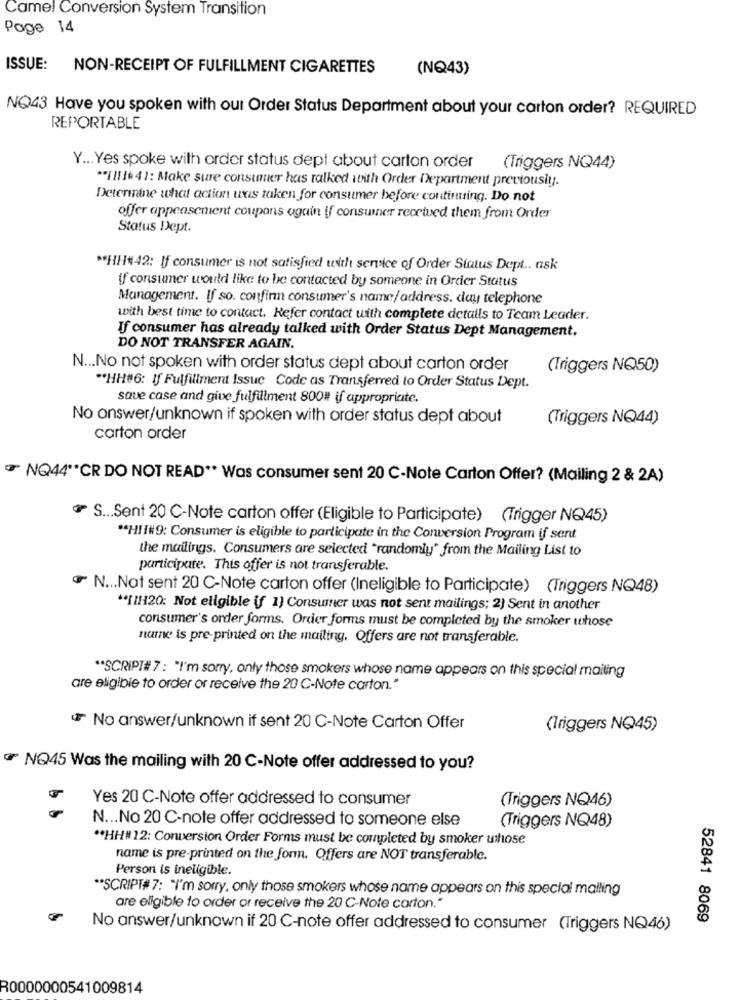
Camel Conversion System Transition
Page 14
ISSUE: NON-RECEIPT OF FULFILLMENT CIGARETTES
(NQ43)
NO43 Have you spoken with our Order Status Department about your carton order? REQUIRED
REPORTABLE
Y ... Yes spoke with order status dept about carton order
(Triggers NQ44)
** Ill 16 41: Make sure consumer has talked with Order Department previously.
Determine what action was taken for consumer before continuing. Do not
offer appeasenient coupons again if consumer rectved them from Order
Status Dept.
** HH#42: If consumer is not satisfied with service of Order Status Dept .. ask
if consumer would like to be contacted by someone in Order Status
Management. If so. confirm consumer's name/address. day telephone
with best time to contact. Refer contact with complete details to Team Leader.
If consumer has already talked with Order Status Dept Management,
DO NOT TRANSFER AGAIN.
N ... No not spoken with order status dept about carton order
(Triggers NQ50)
"HH#6: If Fulfillment Issue Code as Transferred to Order Status Dept.
save case and give fulfillment 800# if appropriate.
No answer/unknown if spoken with order status dept about
(Triggers NQ44)
carton order
NQ44 ** CR DO NOT READ ** Was consumer sent 20 C-Note Carton Offer? (Mailing 2 & 2A)
S ... Sent 20 C-Note carton offer (Eligible to Participate) (Trigger NQ45)
"HII#9: Consumer is eligible to participate in the Conversion Program if sent
the mailings. Consumers are selected "randomly" from the Mailing List to
participate. This offer is not transferable.
N ... Not sent 20 C-Note carton offer (Ineligible to Participate) (Triggers NQ48)
"[[1120: Not eligible if 1) Consumer was not sent mailings; 2) Sent in another
consumer's order forms. Order forms must be completed by the smoker whose
name is pre-printed on the mailing. Offers are not transferable.
** SCRIPT# 7 : "I'm sorry, only those smokers whose name appears on this special mailing
are eligible to order or receive the 20 C-Note carton."
No answer/unknown if sent 20 C-Note Carton Offer
(Triggers NQ45)
NO45 Was the mailing with 20 C-Note offer addressed to you?
Yes 20 C-Note offer addressed to consumer
(Triggers NQ46)
N ... No 20 C-note offer addressed to someone else
(Triggers NQ48)
** HH# 12: Conversion Order Forms must be completed by smoker uthose
name is pre-printed on the form. Offers are NOT transferable.
Person is ineligible.
** SCRIPT# 7: "I'm sorry, only those smokers whose name appears on this special malling
are eligible to order or receive the 20 C-Note carton."
52841 8069
No answer/unknown if 20 C-note offer addressed to consumer (Triggers NQ46)
R0000000541009814